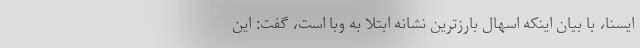
ایسنا، با بیان اینکه اسهال بارزترین نشانه ابتلا به وبا است، گفت: این